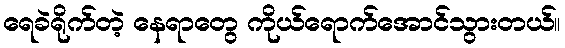
ရေခဲရိုက်တဲ့ နေရာတွေ ကိုယ်ရောက်အောင်သွားတယ်။